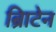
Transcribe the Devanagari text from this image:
ब्रिाटेन